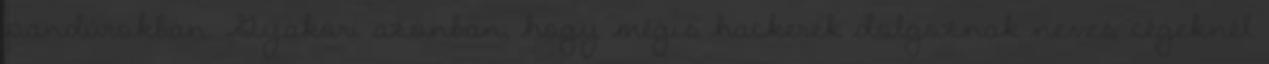
pandúrokban. Gyakori azonban, hogy mégis hackerek dolgoznak neves cégeknél